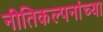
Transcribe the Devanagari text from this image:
नीतिकल्पनांच्या